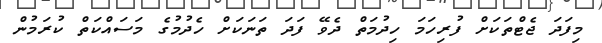
މިފަދަ ޖެޓްތަކަށް ފުރިހަމަ ހިދުމަތް ދެވޭ ފަދަ ތަނަކަށް ހެދުމުގެ މަސައްކަތް ކުރަމުން